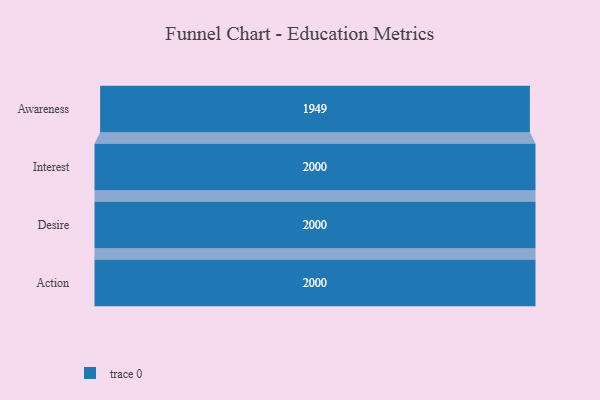
{"axis": {"x": "Stage", "y": "Value"}, "legend": [""], "data": [{"x": "Awareness", "y": 1949.0, "type": ""}, {"x": "Interest", "y": 2000, "type": ""}, {"x": "Desire", "y": 2000, "type": ""}, {"x": "Action", "y": 2000, "type": ""}]}